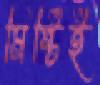
মিষ্টিই